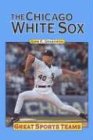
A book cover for Chicago White Sox (Great Sports Teams); John F. Grabowski; Teen & Young Adult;